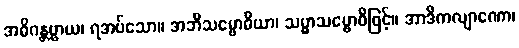
အဓိဂန္တဗ္ဗာယ၊ ရအပ်သော။ အဘိသမ္ဗောဓိယာ၊ သမ္မာသမ္ဗောဓိဖြင့်။ အာဒိကလျာဏော၊